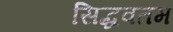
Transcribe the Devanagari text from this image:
सिद्धवतम